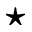
\mathbf { \star }